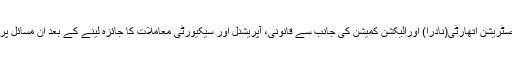
دستاویزمیں کہا گیا ہے کہ نیشنل ڈیٹابیس اینڈ رجسٹریشن اتھارٹی(نادرا) اورالیکشن کمیشن کی جانب سے قانونی، آپریشنل اور سیکیورٹی معاملات کا جائزہ لینے کے بعد ان مسائل پرپارلیمنٹ میں فزیبلی رپورٹ پیش کی جائے گی۔